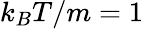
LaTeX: k_{B}T/m=1